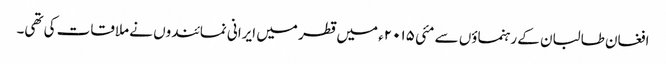
افغان طالبان کے رہنماؤں سے مئی ۲۰۱۵ء میں قطر میں ایرانی نمائندوں نے ملاقات کی تھی۔